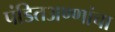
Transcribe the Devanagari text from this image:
पंडितअण्णांचा